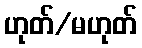
ဟုတ်/မဟုတ်